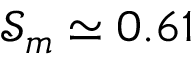
\mathcal { S } _ { m } \simeq 0 . 6 1